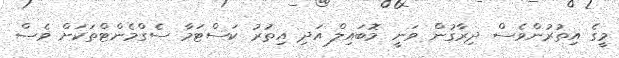
މީގެ އިތުރުންވެސް ދިރާގުން ވަނީ މޮބައިލް އަދި އިތުރު ކަސްޓަމާ ސެގްމެންޓްތަކަށް ވެސް